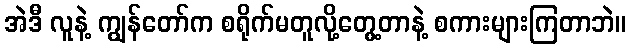
အဲဒီ လူနဲ့ ကျွန်တော်က စရိုက်မတူလို့တွေ့တာနဲ့ စကားများကြတာဘဲ။